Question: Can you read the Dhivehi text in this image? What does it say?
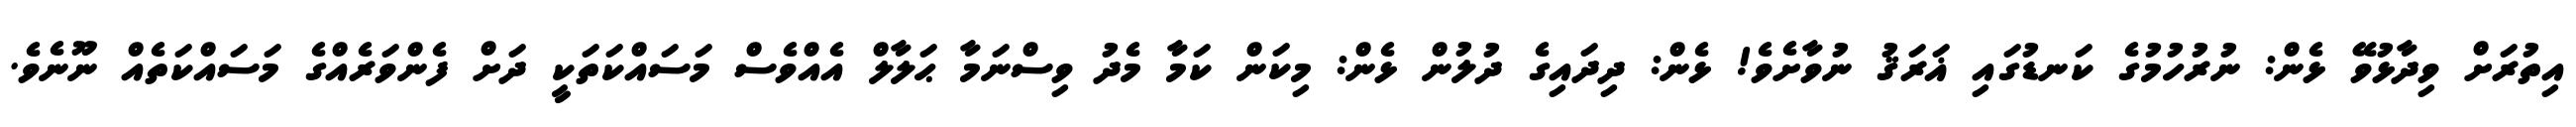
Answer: އިތުރަށް ވިދާޅުވޭ ޅެން: ނުރުހުމުގެ ކަނޑުގައި ޣަރަޤު ނުވާށެވެ! ޅެން: ދިދައިގެ ދުލުން ޅެން: މިކަން ކަމާ މެދު ވިސްނަމާ ޙަލާލް އެއްވެސް މަސައްކަތަކީ ދަށް ފެންވަރެއްގެ މަސައްކަތެއް ނޫނެވެ.